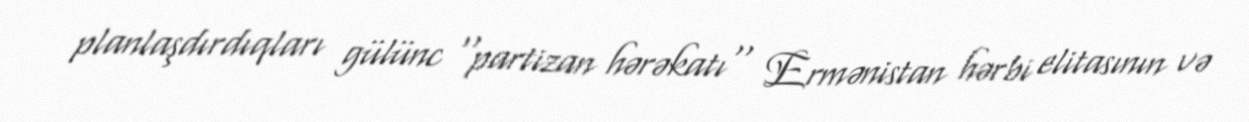
planlaşdırdıqları gülünc ''partizan hərəkatı'' Ermənistan hərbi elitasının və